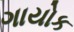
ગાયોક